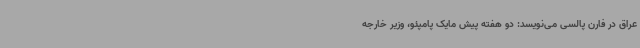
عراق در فارن پالسی می‌نویسد: دو هفته پیش مایک پامپئو، وزیر خارجه